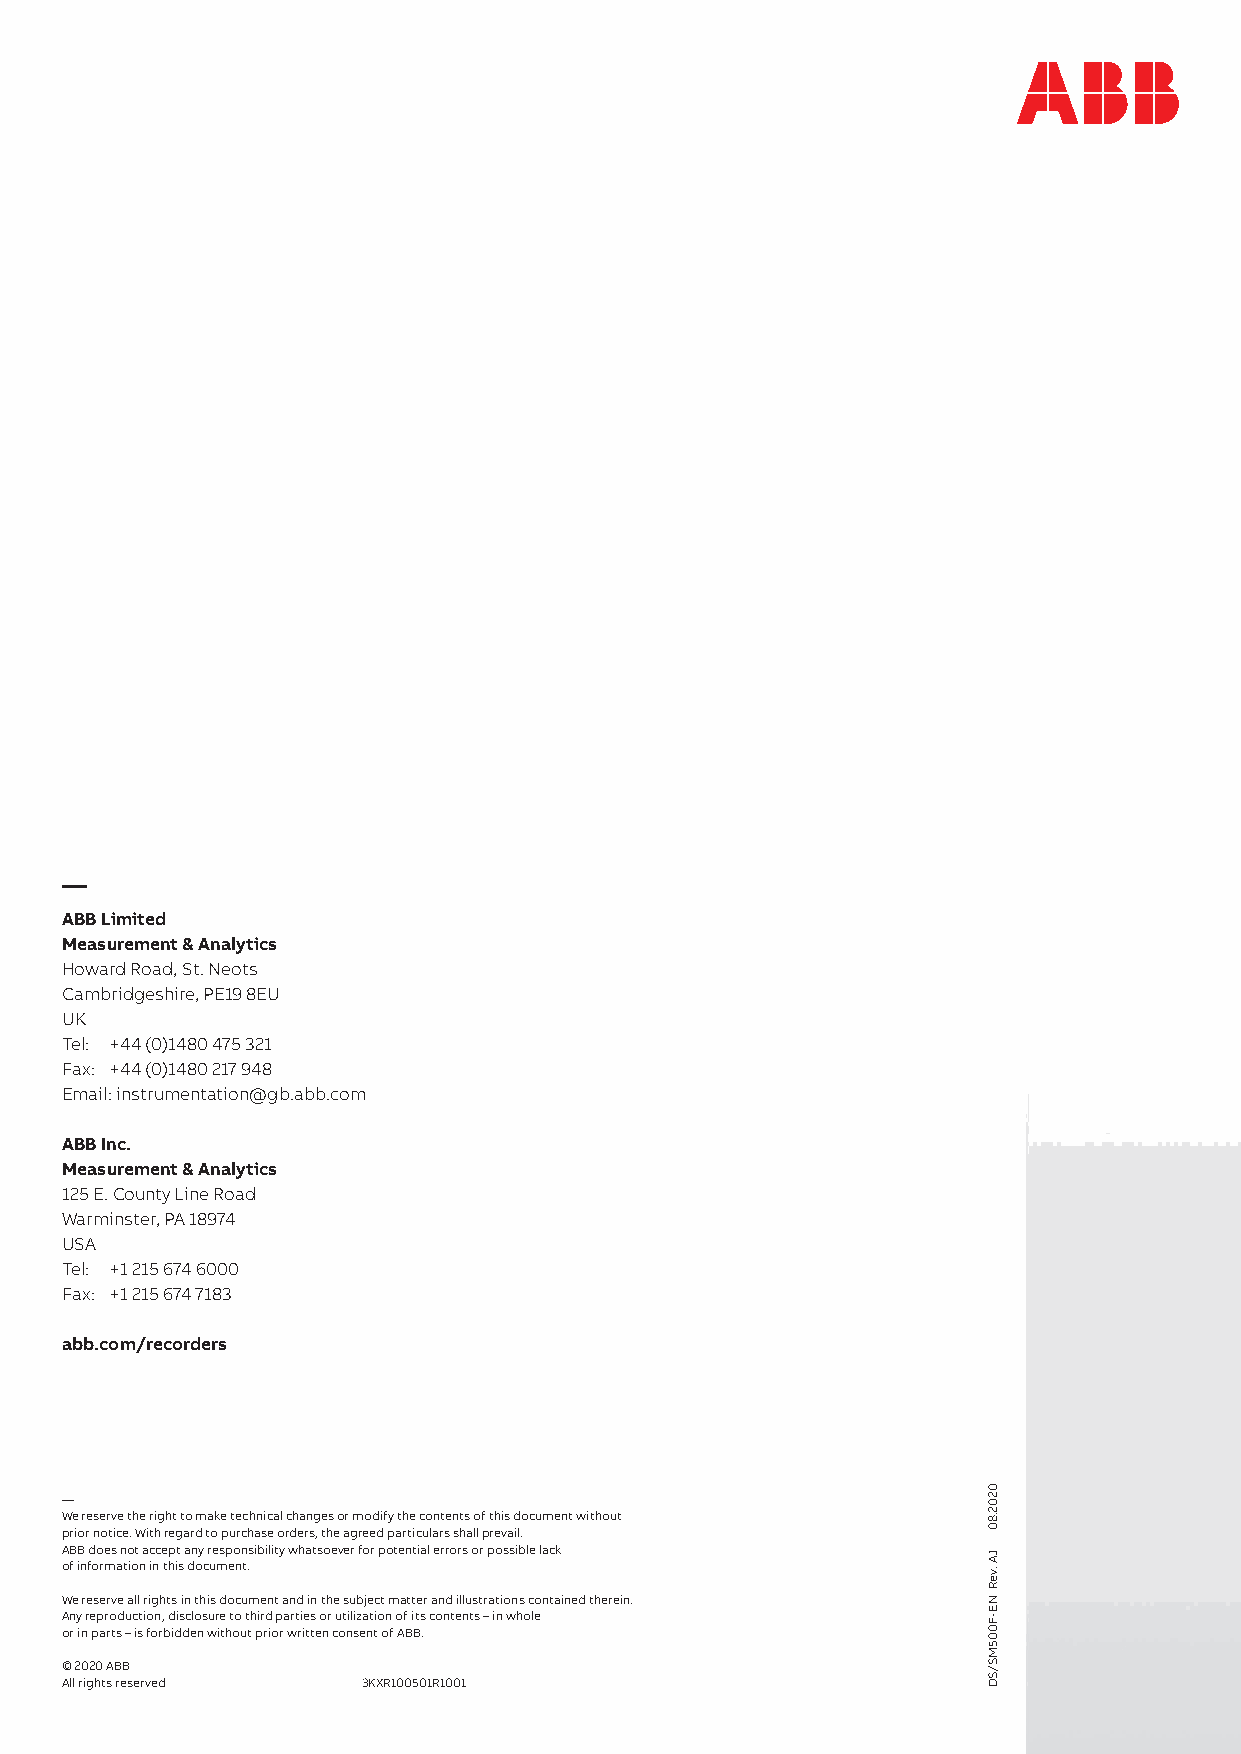
—
 ABB Limited
 Measurement & Analytics
 Howard Road, St. Neots
 Cambridgeshire, PE19 8EU
 UK
 Tel: +44 (0)1480 475 321
 Fax: +44 (0)1480 217 948
 Email: instrumentation@gb.abb.com
 ABB Inc.
 Measurement & Analytics
 125 E. County Line Road
 Warminster, PA 18974
 USA
 Tel: +1 215 674 6000
 Fax: +1 215 674 7183
 abb.com/recorders
 —
 We reserve the right to make technical changes or modify the contents of this document without
 prior notice. With regard to purchase orders, the agreed particulars shall prevail.
 ABB does not accept any responsibility whatsoever for potential errors or possible lack
 of information in this document.
 We reserve all rights in this document and in the subject matter and illustrations contained therein.
 Any reproduction, disclosure to third parties or utilization of its contents – in whole
 or in parts – is forbidden without prior written consent of ABB.
 © 2020 ABB
 All rights reserved 3KXR100501R1001
 0202.80
 JA
 .veR
 NE-F005MS/SD